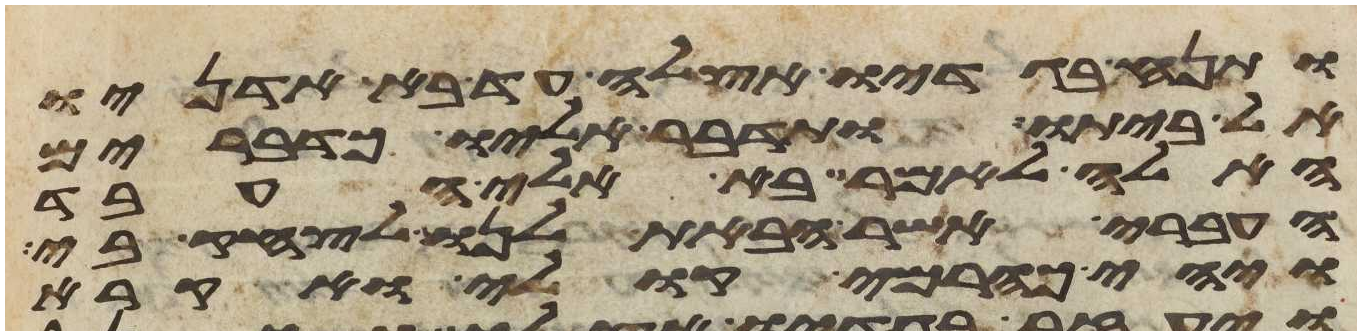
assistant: ותנח בגדיו אצלה עד בא אדניו
אל ביתו ותדבר אליו כדברים
האלה לאמר בא אלי העבד
העברי אשר הבאת לנו לצחק בי
ויהי כהרמי קולי ואקרא